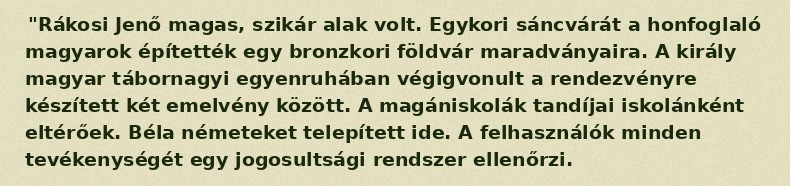
"Rákosi Jenő magas, szikár alak volt. Egykori sáncvárát a honfoglaló magyarok építették egy bronzkori földvár maradványaira. A király magyar tábornagyi egyenruhában végigvonult a rendezvényre készített két emelvény között. A magániskolák tandíjai iskolánként eltérőek. Béla németeket telepített ide. A felhasználók minden tevékenységét egy jogosultsági rendszer ellenőrzi.